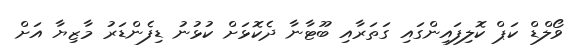
ވޯލްޑް ކަޕް ކޮލިފައިންގައި ގަތަރާއި ބޫޓާނާ ދެކޮޅަށް ކުޅުނު ޑިފެންޑަރު މާޒިޔާ އަށް